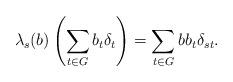
LaTeX: \begin{align*}\lambda_s(b)\left(\sum_{t\in G}b_t\delta_t\right)=\sum_{t\in G}bb_t\delta_{st}.\end{align*}